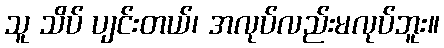
သူ သိပ် ပျင်းတယ်၊ အလုပ်လည်းမလုပ်ဘူး။